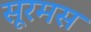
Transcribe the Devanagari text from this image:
सूरमस